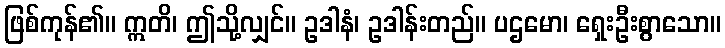
ဖြစ်ကုန်၏။ ဣတိ၊ ဤသို့လျှင်။ ဥဒါနံ၊ ဥဒါန်းတည်။ ပဌမော၊ ရှေးဦးစွာသော။